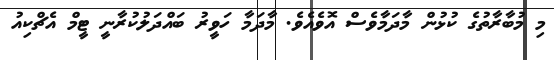
މި މުބާރާތުގެ ކުޅުން މާދަމާވެސް އޮވެއެވެ. މާދަމާ ހަވީރު ބައްދަލުކުރާނީ ޓީމް އެޗްކިއު